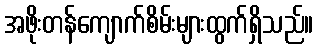
အဖိုးတန်ကျောက်စိမ်းများထွက်ရှိသည်။